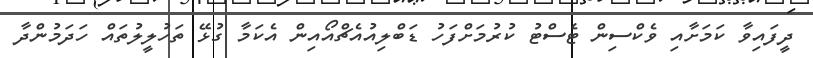
ދީފައިވާ ކަމަށާއި ވެކްސިން ޓެސްޓު ކުރުމަށްފަހު ޑަބްލިއުއެޗްއޯއިން އެކަމާ ގުޅޭ ތަހުލީލުތައް ހަދަމުންދާ